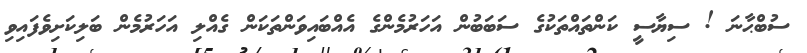
ސުބްޙާނަ ! ސިޔާސީ ކަންތައްތަކުގެ ސަބަބުން އަހަރުމެންގެ އެއްބައިވަންތަކަން ގެއްލި އަހަރުމެން ބަލިކަށިވެފައިވި